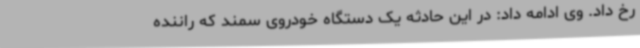
رخ داد. وی ادامه داد: در این حادثه یک دستگاه خودروی سمند که راننده